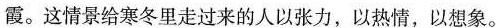
霞。这情景给寒冬里走过来的人以张力，以热情，以想象。